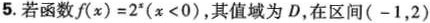
5.若函数f(x)=2^{x}(x<0)，其值域为D，在区间(-1，2)